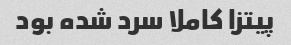
پیتزا کاملا سرد شده بود